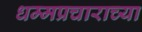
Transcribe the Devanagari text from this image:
धम्मप्रचाराच्या